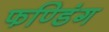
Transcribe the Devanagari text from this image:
फण्डिंग